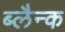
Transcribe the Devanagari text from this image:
ब्लैन्क